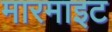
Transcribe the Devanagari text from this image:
मारमाइट